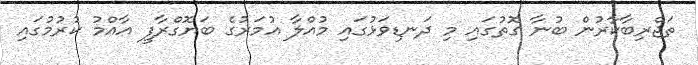
ތަޖްރިބާކާރުން ބުނާ ގޮތުގައި މި ދަނޑިވަޅުގައި މުއްލާ އުމަރުގެ ބަޔޮގްރާފީ އާއްމު ކުރުމުގައި